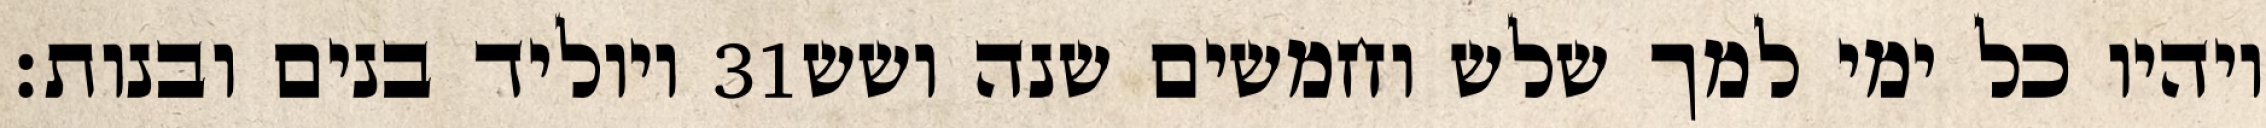
ויוליד בנים ובנות׃ ‎31‏ ויהיו כל ימי למך שלש וחמשים שנה ושש